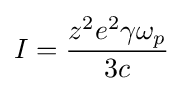
I={\frac {z^{2}e^{2}\gamma \omega _{p}}{3c}}